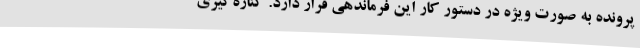
پرونده به صورت ویژه در دستور کار این فرماندهی قرار دارد. کناره‌گیری